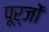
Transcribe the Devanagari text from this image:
पूर्जों